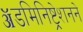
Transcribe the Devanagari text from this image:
ॲडमिनिष्ट्रेशनने